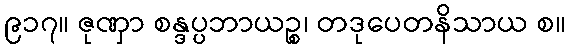
၉၁၇။ ဇုဏှာ စန္ဒပ္ပဘာယဉ္စ၊ တဒုပေတနိသာယ စ။